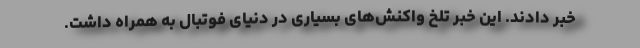
خبر دادند. این خبر تلخ واکنش‌های بسیاری در دنیای فوتبال به همراه داشت.